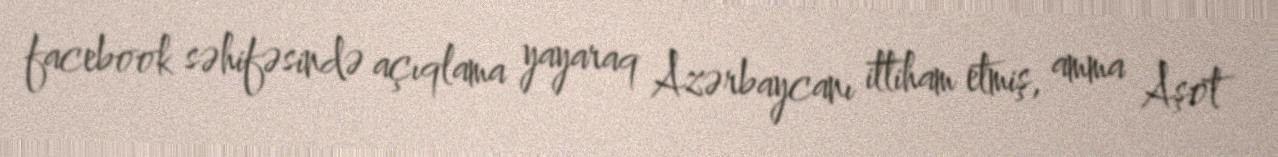
facebook səhifəsində açıqlama yayaraq Azərbaycanı ittiham etmiş, amma Aşot